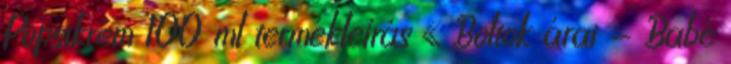
Popsikrém 100 ml termékleírás « Boltok árai - Babé